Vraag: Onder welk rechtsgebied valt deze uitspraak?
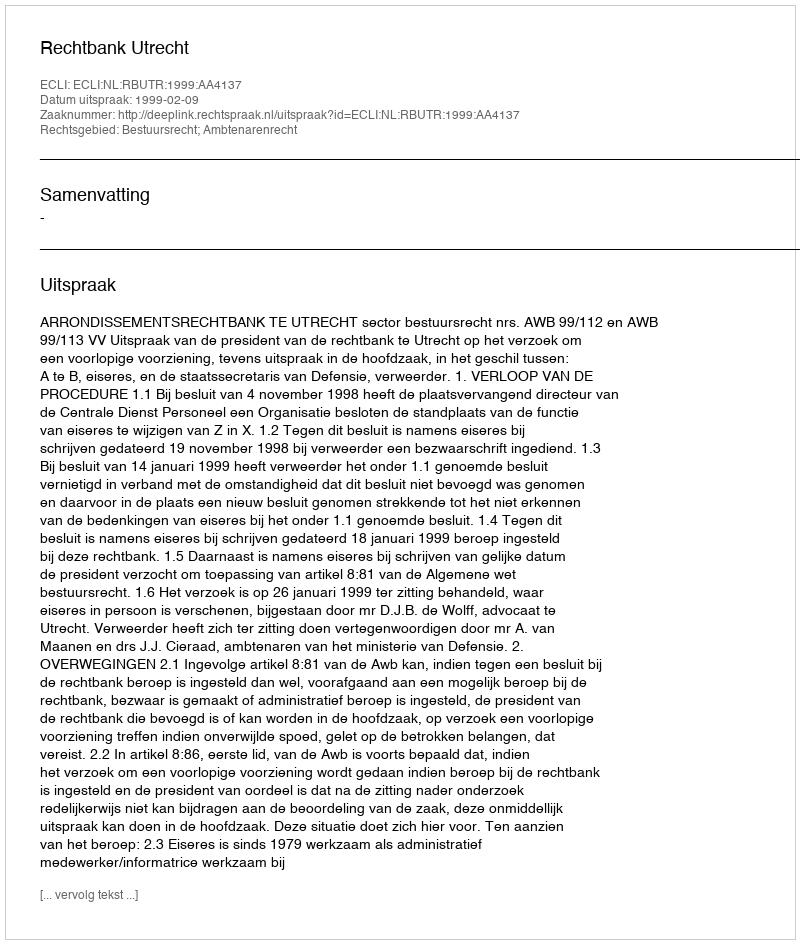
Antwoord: Bestuursrecht; Ambtenarenrecht